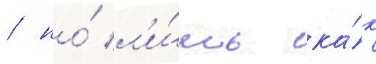
/ но́ л'и́шь ка́к